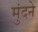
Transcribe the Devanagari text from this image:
मुंदने